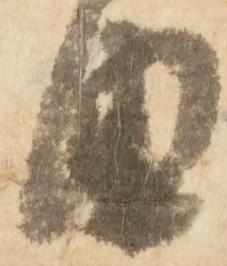
由